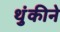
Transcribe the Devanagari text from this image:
थुंकीने